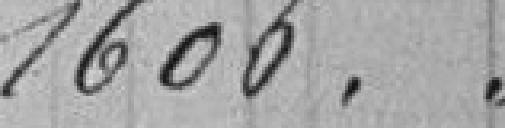
1.606